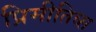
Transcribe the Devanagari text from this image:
प्रिमीतिव्स